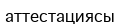
аттестациясы